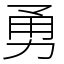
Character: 勇